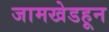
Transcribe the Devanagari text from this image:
जामखेडहून